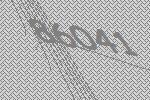
86041